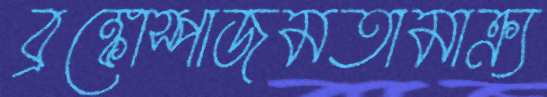
ব্রঙ্কোস্পাজমতামাক্র্য